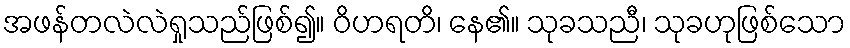
အဖန်တလဲလဲရှုသည်ဖြစ်၍။ ဝိဟရတိ၊ နေ၏။ သုခသညီ၊ သုခဟုဖြစ်သော